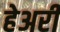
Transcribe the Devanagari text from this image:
हेअरी